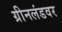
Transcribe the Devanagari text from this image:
ग्रीनलंडवर